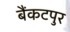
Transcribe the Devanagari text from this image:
बैंकटपुर